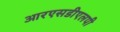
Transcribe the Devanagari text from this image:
आरएसडीएलपी